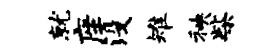
就座没雉秧柴